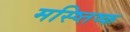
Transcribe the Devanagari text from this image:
मस्ष्तिष्क